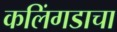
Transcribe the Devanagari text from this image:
कलिंगडाचा